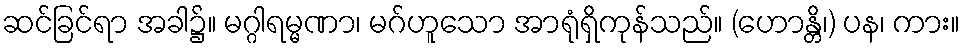
ဆင်ခြင်ရာ အခါ၌။ မဂ္ဂါရမ္မဏာ၊ မဂ်ဟူသော အာရုံရှိကုန်သည်။ (ဟောန္တိ၊) ပန၊ ကား။